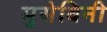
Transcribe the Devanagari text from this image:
मुसेविनी